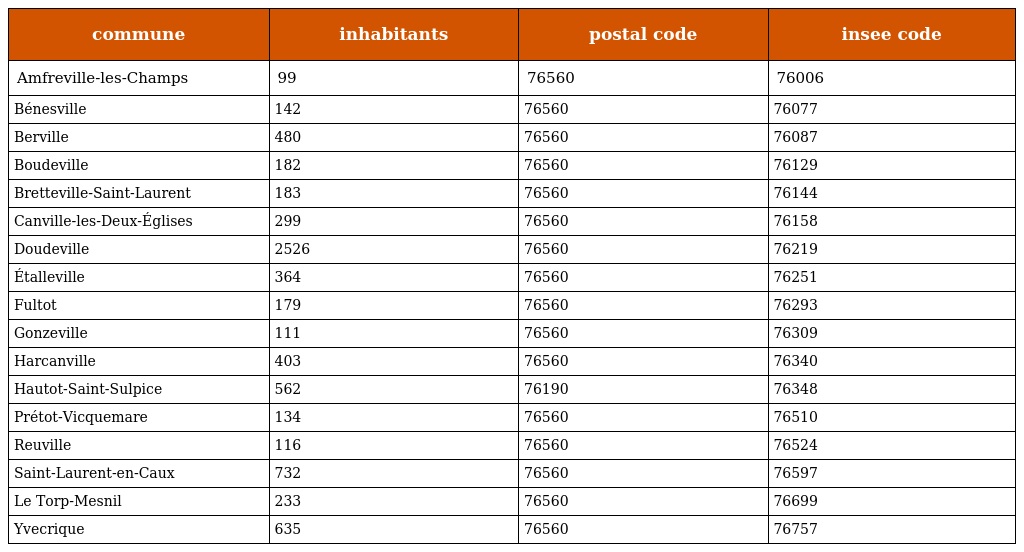
| commune | inhabitants | postal code | insee code |
 | --- | --- | --- | --- |
 | Amfreville-les-Champs | 99 | 76560 | 76006 |
 | Bénesville | 142 | 76560 | 76077 |
 | Berville | 480 | 76560 | 76087 |
 | Boudeville | 182 | 76560 | 76129 |
 | Bretteville-Saint-Laurent | 183 | 76560 | 76144 |
 | Canville-les-Deux-Églises | 299 | 76560 | 76158 |
 | Doudeville | 2526 | 76560 | 76219 |
 | Étalleville | 364 | 76560 | 76251 |
 | Fultot | 179 | 76560 | 76293 |
 | Gonzeville | 111 | 76560 | 76309 |
 | Harcanville | 403 | 76560 | 76340 |
 | Hautot-Saint-Sulpice | 562 | 76190 | 76348 |
 | Prétot-Vicquemare | 134 | 76560 | 76510 |
 | Reuville | 116 | 76560 | 76524 |
 | Saint-Laurent-en-Caux | 732 | 76560 | 76597 |
 | Le Torp-Mesnil | 233 | 76560 | 76699 |
 | Yvecrique | 635 | 76560 | 76757 |